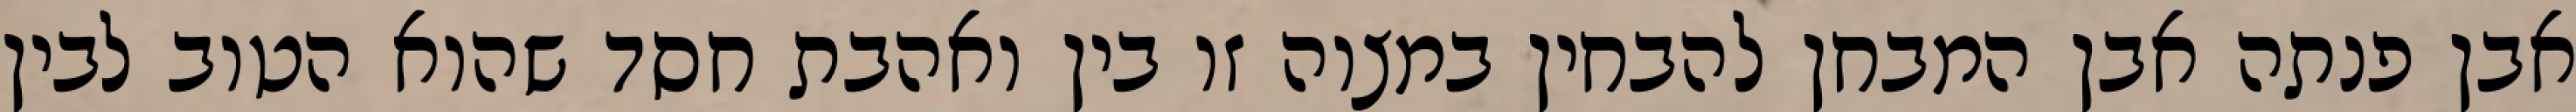
אבן פנתה אבן המבחן להבחין במצוה זו בין ואהבת חסד שהוא הטוב לבין